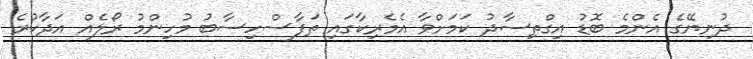
ދުނިޔޭގެ އެންމެ ބޮޑު އިގްތިސާދު ކަމަށްވާ އެމެރިކާގައި ތަފާސްހިސާބު މުހިންމު ރޯލެއް އަދާކުރެ